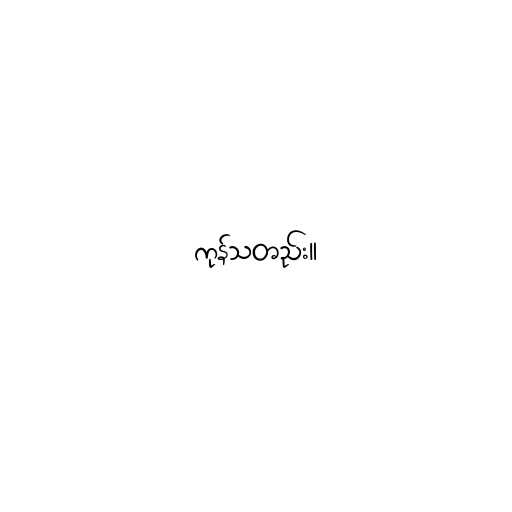
ကုန်သတည်း။